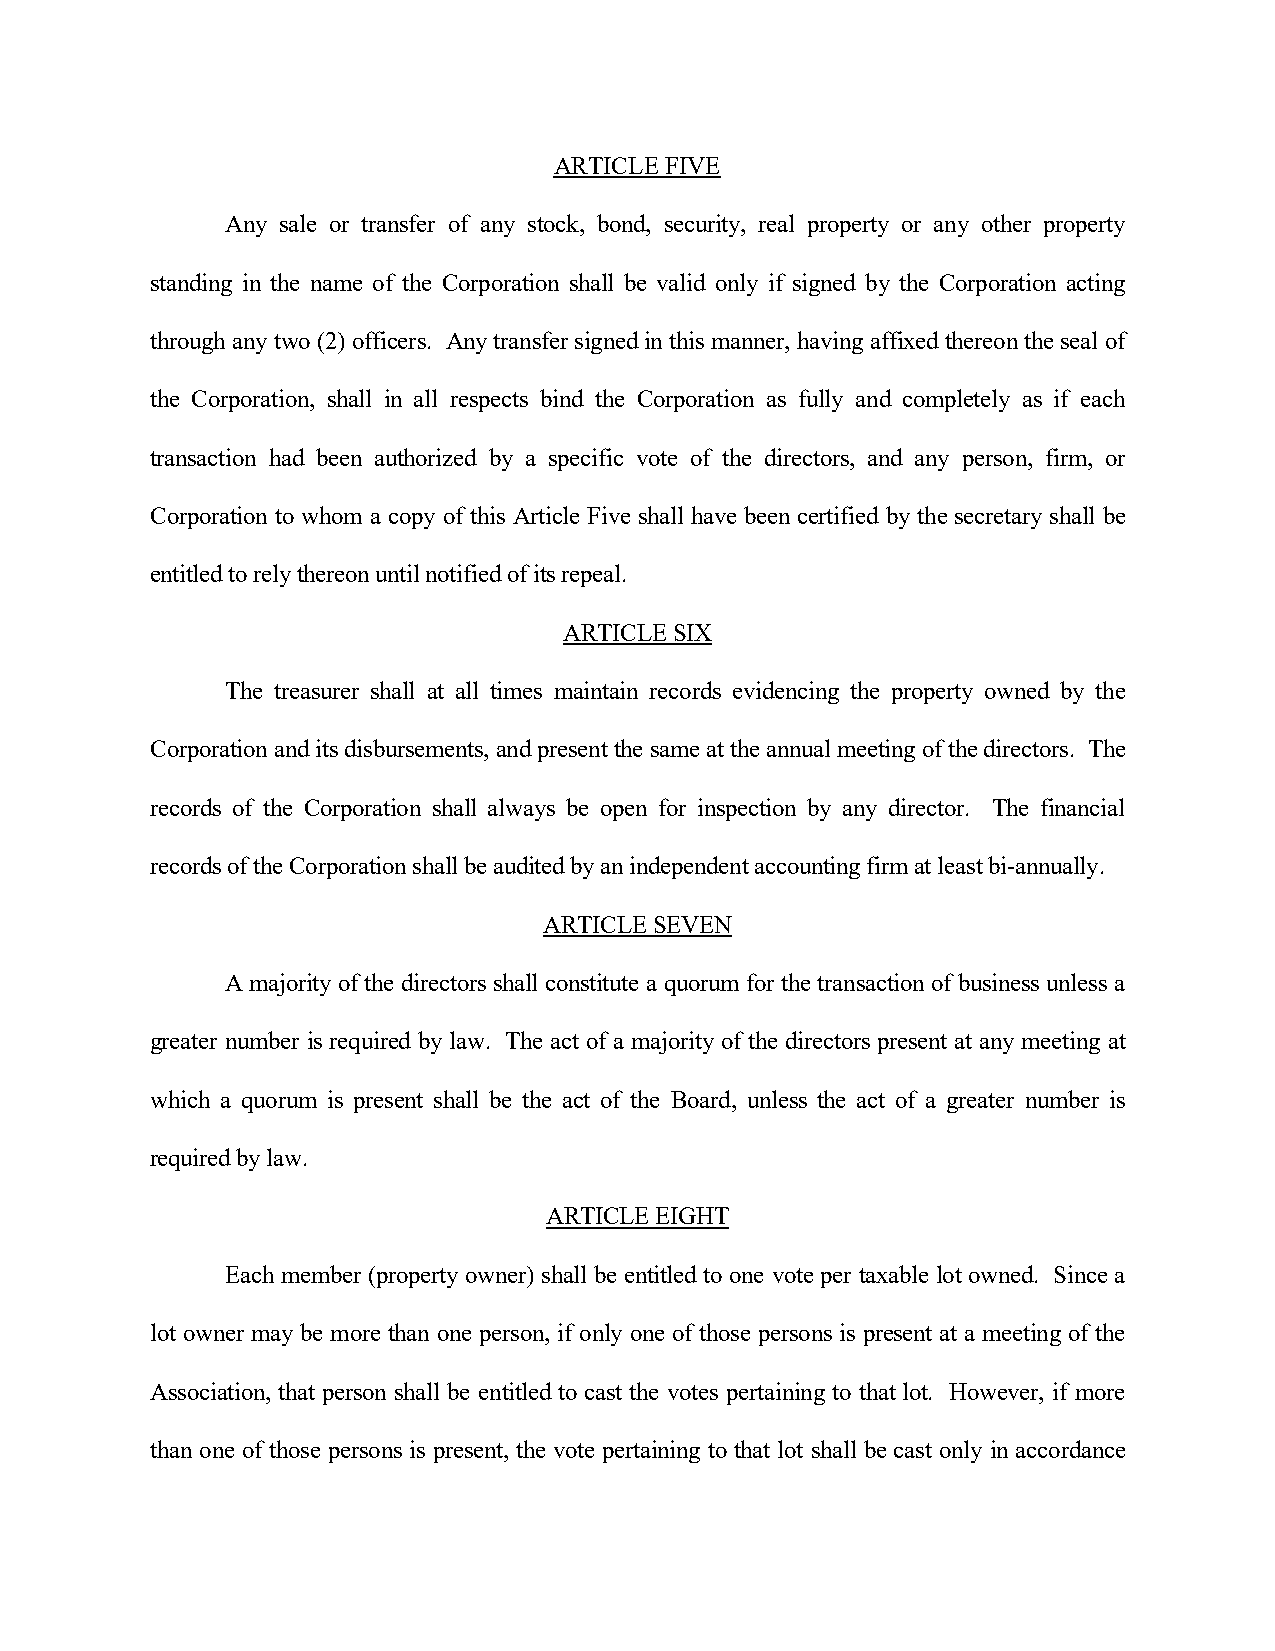
ARTICLE FIVE
 Any sale or transfer of any stock, bond, security, real property or any other property
 standing in the name of the Corporation shall be valid only if signed by the Corporation acting
 through any two (2) officers. Any transfer signed in this manner, having affixed thereon the seal of
 the Corporation, shall in all respects bind the Corporation as fully and completely as if each
 transaction had been authorized by a specific vote of the directors, and any person, firm, or
 Corporation to whom a copy of this Article Five shall have been certified by the secretary shall be
 entitled to rely thereon until notified of its repeal.
 ARTICLE SIX
 The treasurer shall at all times maintain records evidencing the property owned by the
 Corporation and its disbursements, and present the same at the annual meeting of the directors. The
 records of the Corporation shall always be open for inspection by any director. The financial
 records of the Corporation shall be audited by an independent accounting firm at least bi-annually.
 ARTICLE SEVEN
 A majority of the directors shall constitute a quorum for the transaction of business unless a
 greater number is required by law. The act of a majority of the directors present at any meeting at
 which a quorum is present shall be the act of the Board, unless the act of a greater number is
 required by law.
 ARTICLE EIGHT
 Each member (property owner) shall be entitled to one vote per taxable lot owned. Since a
 lot owner may be more than one person, if only one of those persons is present at a meeting of the
 Association, that person shall be entitled to cast the votes pertaining to that lot. However, if more
 than one of those persons is present, the vote pertaining to that lot shall be cast only in accordance